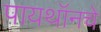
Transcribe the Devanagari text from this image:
पायथॉनचे